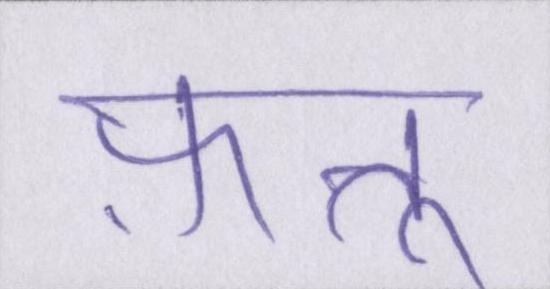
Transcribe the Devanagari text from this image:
फ़त्तू